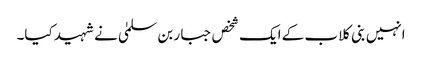
انہیں بنی کلاب کے ایک شخص جبار بن سلمیٰ نے شہید کیا۔